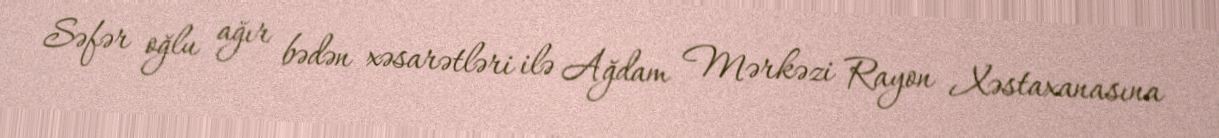
Səfər oğlu ağır bədən xəsarətləri ilə Ağdam Mərkəzi Rayon Xəstaxanasına